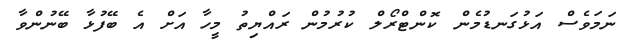
ނަމަވެސް އަޅުގަނޑުމެން ކޮންޓްރޯލް ކުރުމުން ރައްޔިތު މީހާ އަށް އެ ބޭފުޅާ ބޭނުންވާ